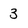
Character: 3